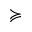
\succcurlyeq